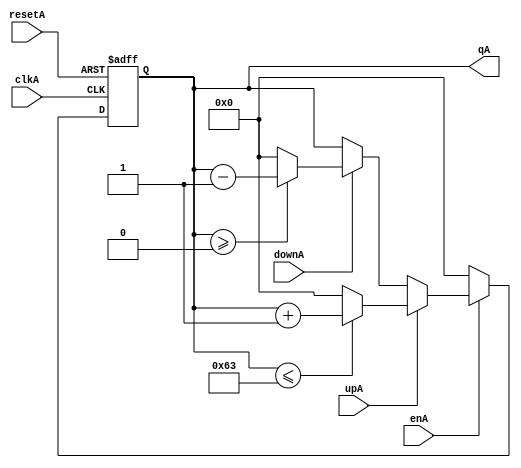
`timescale 1ns / 1ps
//////////////////////////////////////////////////////////////////////////////////
// Company: 
// Engineer: 
// 
// Design Name: 
// Module Name:    count_ano 
// Project Name: 
// Target Devices: 
// Tool versions: 
// Description: 
//
// Dependencies: 
//
// Revision: 
// Revision 0.01 - File Created
// Additional Comments: 
//
//////////////////////////////////////////////////////////////////////////////////
module count_ano(
input wire clkA,
		input wire resetA,
		input wire enA,
		input wire upA,
		input wire downA,
		output wire [6:0] qA
		
    );

//Signal Declarations
reg [6:0]q_actA, q_nextA;


//Body of "state" registers
always@(posedge clkA,posedge resetA)
	if(resetA)
		q_actA <= 7'b0;
	else
		q_actA <= q_nextA;
		
always@*
begin
	if(enA)
	begin
		if(upA) 
			begin
				if(qA <= 7'd99) 
				begin
					q_nextA = q_actA + 7'b1;
				end
			else 
			q_nextA = 7'b0;
		end
			
	else if(downA)
		begin
				if (qA >= 7'b0) begin				
						q_nextA = q_actA - 7'sb1;
					end
				else 
					q_nextA=7'b0;		
			end
		else 
			q_nextA = q_actA;
	end else 
	q_nextA = 0;
end
//Output Logic
assign qA = q_actA;
 
endmodule